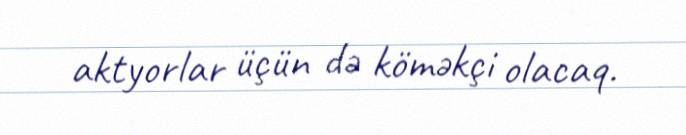
aktyorlar üçün də köməkçi olacaq.